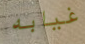
غيابه